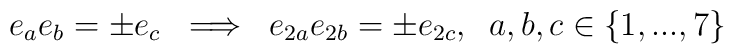
e_{a}e_{b} = \pm e_{c} \; \; \Longrightarrow \; \; e_{2a}e_{2b} = \pm e_{2c},\; \;a,b,c\in\{1,...,7\}